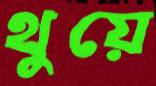
থুয়ে